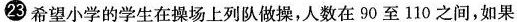
23希望小学的学生在操场上列队做操，人数在90至110之间，如果